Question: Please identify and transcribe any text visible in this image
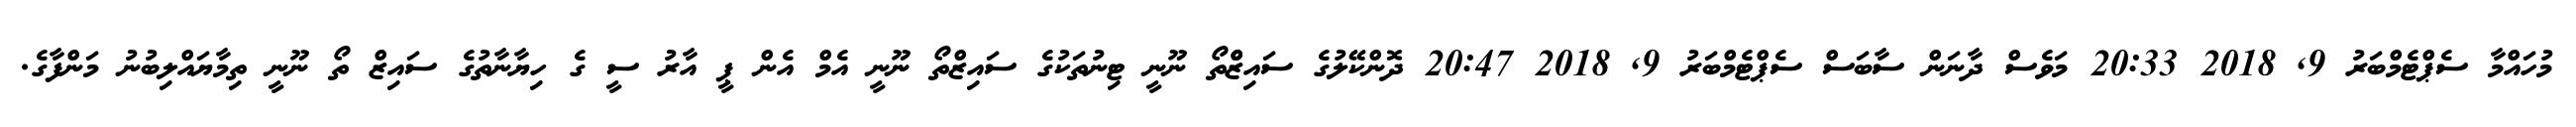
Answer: މުހައްމާ ސެޕްޓެމްބަރު 9, 2018 20:33 މަވެސް ދާނަން ސާބަސް ސެޕްޓެމްބަރު 9, 2018 20:47 ދޮންކޭލުގެ ސައިޒްްތޯ ނޫނީ ޓިނުތަކުގެ ސައިޒްތޯ ނޫނީ އެމް އެން ޕީ އާރު ސީ ގެ ހިޔާނާތުގެ ސައިޒް ތޯ ނޫނީ ތިމާޔައްލިބުނު މަންފާގެ.